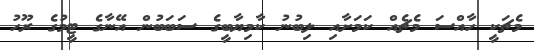
މެޗަކީ ހާއްސަ މެޗެއް ކަމަށާއި ލިބުނު ކާމިޔާބީގެ ސަބަބުން އޭނާގެ ޓީމުގެ ރޫހު